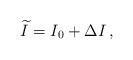
LaTeX: \begin{align*}\widetilde{I} = I_0 + \Delta I\,,\end{align*}